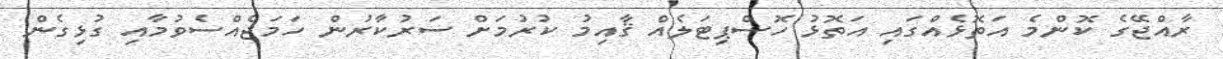
ރާއްޖޭގެ ކޮންމެ އަތޮޅެއްގައި އަތޮޅު ހޮސްޕިޓަލެއް ޤާއިމު ކުރުމަށް ސަރުކާރުން ހަމަޖެއްސެވުމާއި ގުޅިގެން